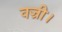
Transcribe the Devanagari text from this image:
वज्री।